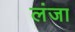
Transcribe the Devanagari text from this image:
लंजा